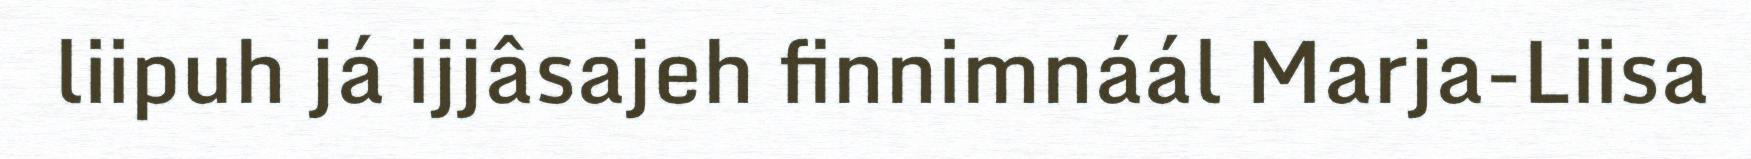
liipuh já ijjâsajeh finnimnáál Marja-Liisa